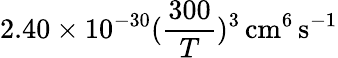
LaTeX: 2.40\times 10^{-30}(\frac{300}{T})^{3}\, \mathrm{cm^{6}\, s^{-1}}